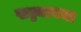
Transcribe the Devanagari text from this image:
खड्ड्यावजा